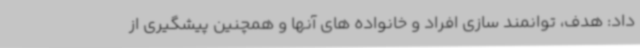
داد: هدف، توانمند سازی افراد و خانواده های آنها و همچنین پیشگیری از